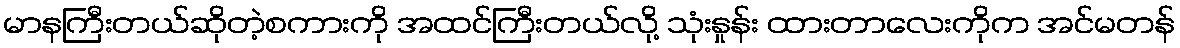
မာနကြီးတယ်ဆိုတဲ့စကားကို အထင်ကြီးတယ်လို့ သုံးနှုန်း ထားတာလေးကိုက အင်မတန်